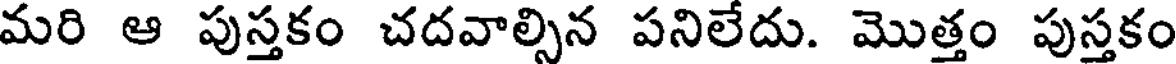
మరి ఆ పుస్తకం చదవాల్సిన పనిలేదు. మొత్తం పుస్తకం